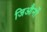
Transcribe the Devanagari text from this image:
जिऔर्नो